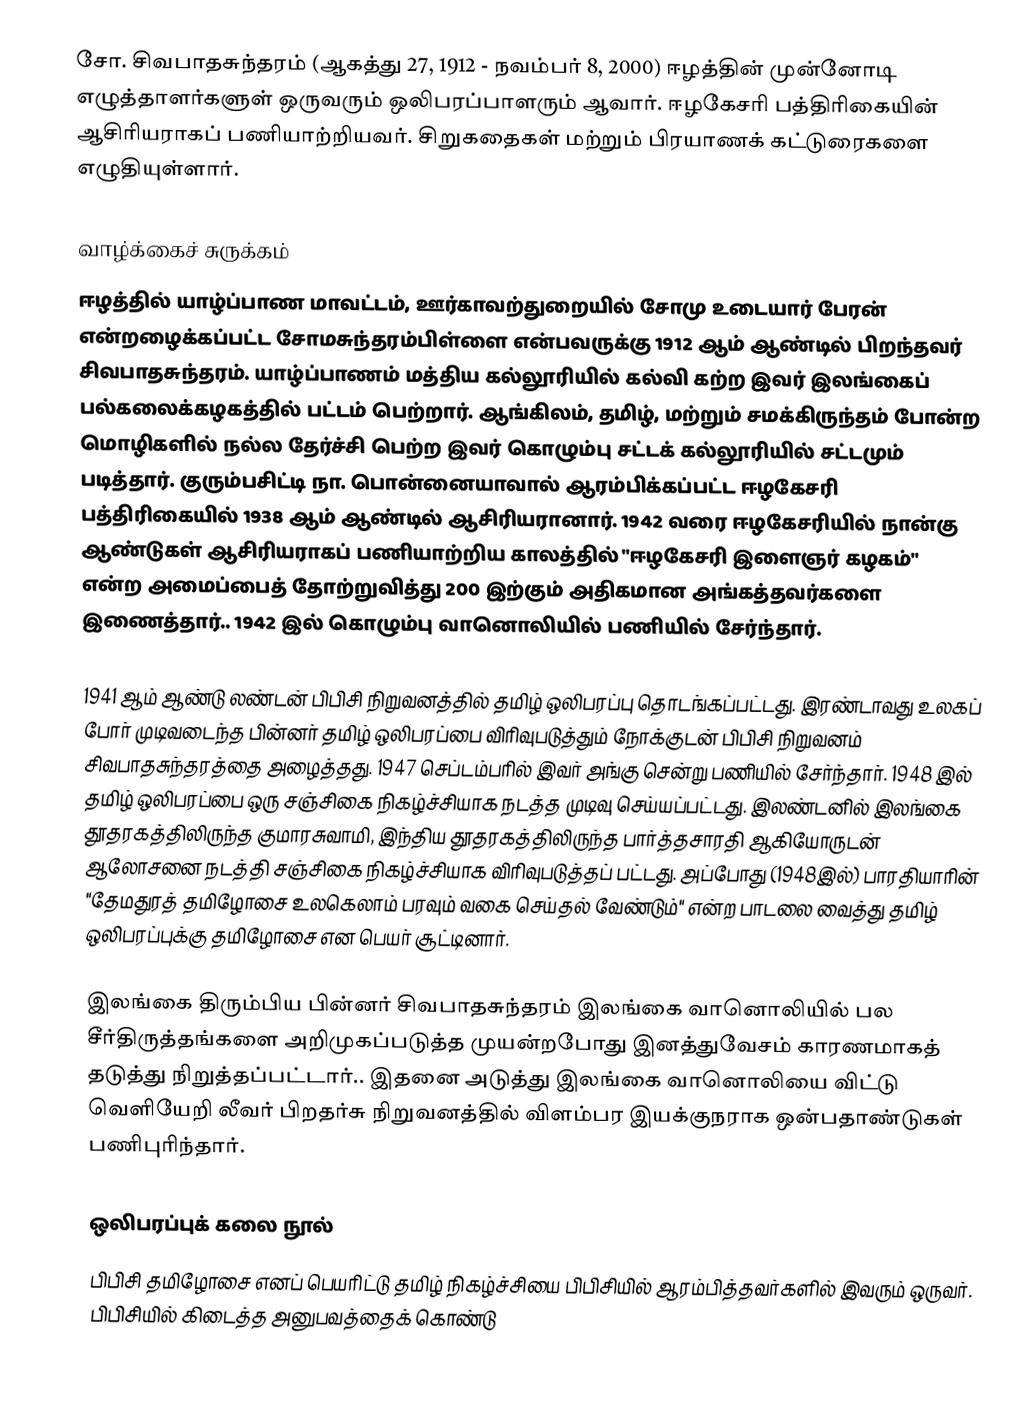
சோ. சிவபாதசுந்தரம் (ஆகத்து 27, 1912 - நவம்பர் 8, 2000) ஈழத்தின் முன்னோடி எழுத்தாளர்களுள் ஒருவரும் ஒலிபரப்பாளரும் ஆவார். ஈழகேசரி பத்திரிகையின் ஆசிரியராகப் பணியாற்றியவர். சிறுகதைகள் மற்றும் பிரயாணக் கட்டுரைகளை எழுதியுள்ளார்.

வாழ்க்கைச் சுருக்கம்
ஈழத்தில் யாழ்ப்பாண மாவட்டம், ஊர்காவற்துறையில் சோமு உடையார் பேரன் என்றழைக்கப்பட்ட சோமசுந்தரம்பிள்ளை என்பவருக்கு 1912 ஆம் ஆண்டில் பிறந்தவர் சிவபாதசுந்தரம். யாழ்ப்பாணம் மத்திய கல்லூரியில் கல்வி கற்ற இவர் இலங்கைப் பல்கலைக்கழகத்தில் பட்டம் பெற்றார். ஆங்கிலம், தமிழ், மற்றும் சமக்கிருந்தம் போன்ற மொழிகளில் நல்ல தேர்ச்சி பெற்ற இவர் கொழும்பு சட்டக் கல்லூரியில் சட்டமும் படித்தார். குரும்பசிட்டி நா. பொன்னையாவால் ஆரம்பிக்கப்பட்ட ஈழகேசரி பத்திரிகையில் 1938 ஆம் ஆண்டில் ஆசிரியரானார். 1942 வரை ஈழகேசரியில் நான்கு ஆண்டுகள் ஆசிரியராகப் பணியாற்றிய காலத்தில் "ஈழகேசரி இளைஞர் கழகம்" என்ற அமைப்பைத் தோற்றுவித்து 200 இற்கும் அதிகமான அங்கத்தவர்களை இணைத்தார்.. 1942 இல் கொழும்பு வானொலியில் பணியில் சேர்ந்தார்.

1941 ஆம் ஆண்டு லண்டன் பிபிசி நிறுவனத்தில் தமிழ் ஒலிபரப்பு தொடங்கப்பட்டது. இரண்டாவது உலகப் போர் முடிவடைந்த பின்னர் தமிழ் ஒலிபரப்பை விரிவுபடுத்தும் நோக்குடன் பிபிசி நிறுவனம் சிவபாதசுந்தரத்தை அழைத்தது. 1947 செப்டம்பரில் இவர் அங்கு சென்று பணியில் சேர்ந்தார். 1948 இல் தமிழ் ஒலிபரப்பை ஒரு சஞ்சிகை நிகழ்ச்சியாக நடத்த முடிவு செய்யப்பட்டது. இலண்டனில் இலங்கை தூதரகத்திலிருந்த குமாரசுவாமி, இந்திய தூதரகத்திலிருந்த பார்த்தசாரதி ஆகியோருடன் ஆலோசனை நடத்தி சஞ்சிகை நிகழ்ச்சியாக விரிவுபடுத்தப் பட்டது. அப்போது (1948இல்) பாரதியாரின் "தேமதுரத் தமிழோசை உலகெலாம் பரவும் வகை செய்தல் வேண்டும்" என்ற பாடலை வைத்து தமிழ் ஒலிபரப்புக்கு தமிழோசை என பெயர் சூட்டினார்.

இலங்கை திரும்பிய பின்னர் சிவபாதசுந்தரம் இலங்கை வானொலியில் பல சீர்திருத்தங்களை அறிமுகப்படுத்த முயன்றபோது இனத்துவேசம் காரணமாகத் தடுத்து நிறுத்தப்பட்டார்.. இதனை அடுத்து இலங்கை வானொலியை விட்டு வெளியேறி லீவர் பிறதர்சு நிறுவனத்தில் விளம்பர இயக்குநராக ஒன்பதாண்டுகள் பணிபுரிந்தார்.

ஒலிபரப்புக் கலை நூல்
பிபிசி தமிழோசை எனப் பெயரிட்டு தமிழ் நிகழ்ச்சியை பிபிசியில் ஆரம்பித்தவர்களில் இவரும் ஒருவர். பிபிசியில் கிடைத்த அனுபவத்தைக் கொண்டு